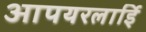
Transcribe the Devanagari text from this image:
आपयरलाईि